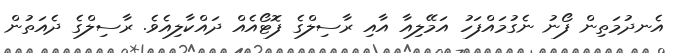
އެނދުމަތިން ފޯނު ނެގުމައްފަހު އަމޭލިއާ އާއި ރާސިލްގެ ފޮޓޯއެއް ދައްކާލިއެވެ. ރާސިލްގެ ދެއަތުން